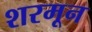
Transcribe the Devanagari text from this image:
शरमून